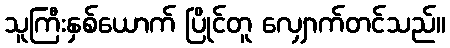
သူကြီးနှစ်ယောက် ပြိုင်တူ လျှောက်တင်သည်။